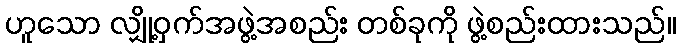
ဟူသော လျှို့ဝှက်အဖွဲ့အစည်း တစ်ခုကို ဖွဲ့စည်းထားသည်။